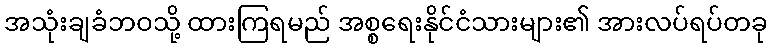
အသုံးချခံဘဝသို့ ထားကြရမည် အစ္စရေးနိုင်ငံသားများ၏ အားလပ်ရပ်တခု